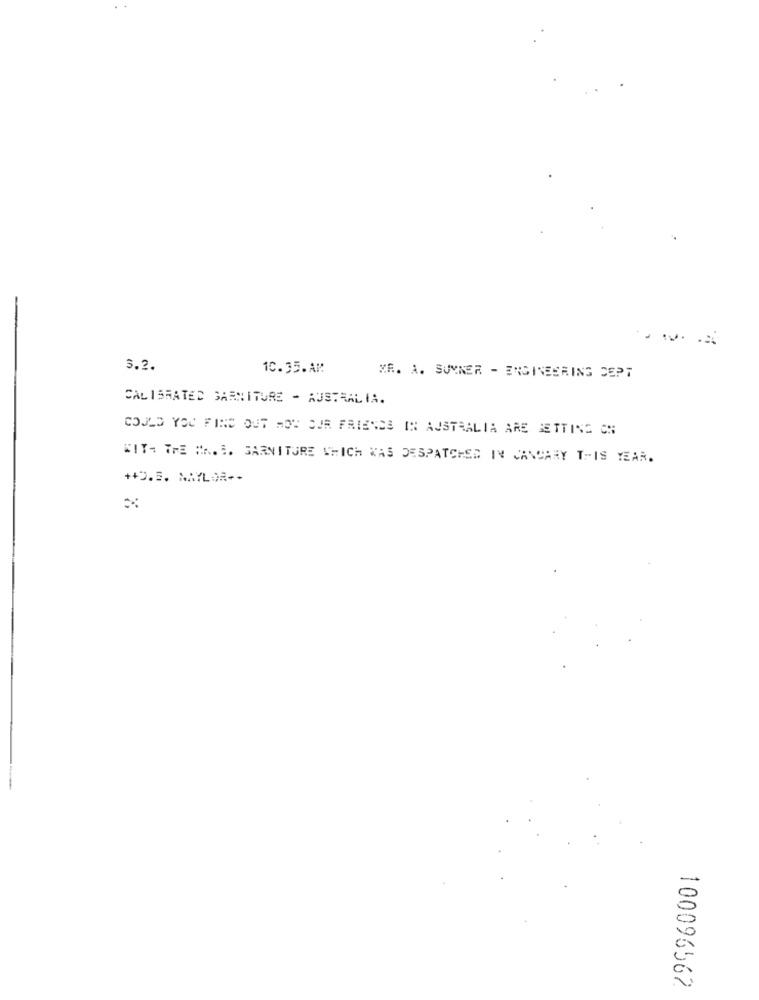
3.2.
10.35.AM
KR. A. SUMNER - ENGINEERING DEPT
CALIBRATED GARNITURE - AUSTRALIA.
COULD YOU FIND OUT MOT OUR FRIENDS IN AUSTRALIA ARE BETTING ON
WITH THE HA.E. GARNITURE WHICH WAS DESPATCHED IN CANCARY THIS YEAR.
++D.5. NAYLOR --
100096562